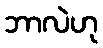
ဘာလဲဟု